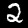
Digit: 2